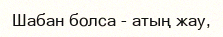
Шабан болса - атың жау,